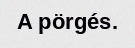
A pörgés.